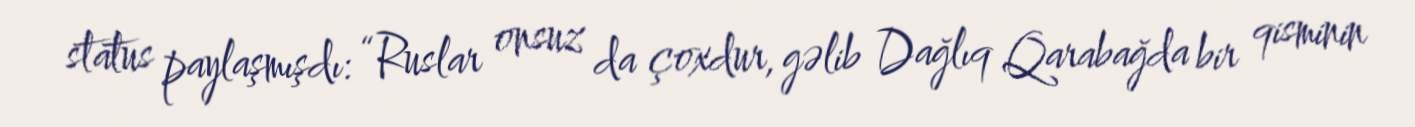
status paylaşmışdı: “Ruslar onsuz da çoxdur, gəlib Dağlıq Qarabağda bir qisminin